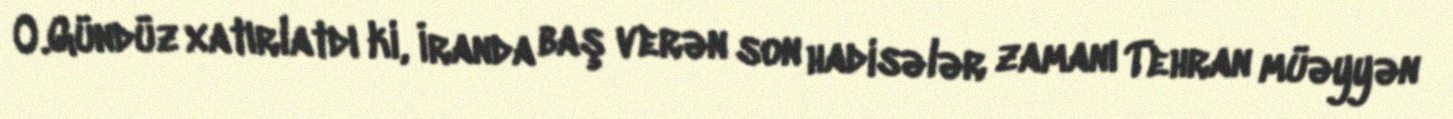
O.Gündüz xatırlatdı ki, İranda baş verən son hadisələr zamanı Tehran müəyyən